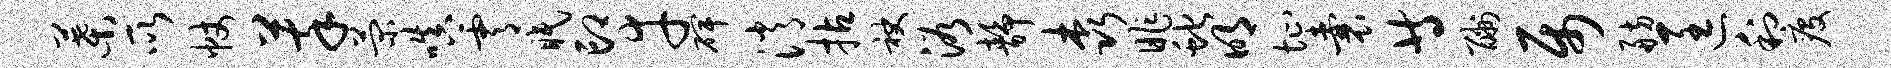
叶所帐萃菊嗔霄眠印幸碑消拈袂浴静森昨蛇明址囊等酬属舫匡利疫